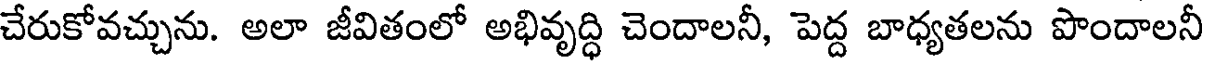
చేరుకోవచ్చును. అలా జీవితంలో అభివృద్ధి చెందాలనీ, పెద్ద బాధ్యతలను పొందాలనీ